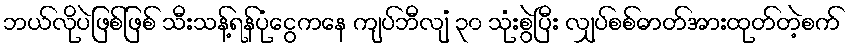
ဘယ်လိုပဲဖြစ်ဖြစ် သီးသန့်ရန်ပုံငွေကနေ ကျပ်ဘီလျံ ၃၀ သုံးစွဲပြီး လျှပ်စစ်ဓာတ်အားထုတ်တဲ့စက်